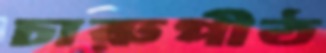
চারুপীঠ